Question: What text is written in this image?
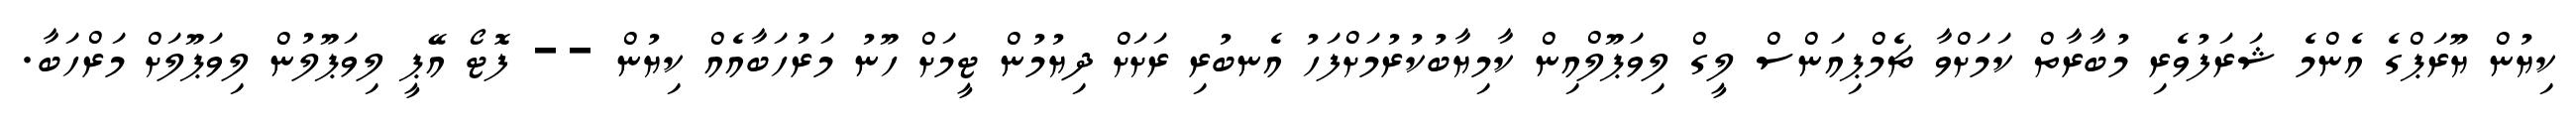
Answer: ކިޔުން ޔޫރަޕްގެ އެންމެ ޝަރަފުވެރި މުބާރާތް ކަމަށްވާ ޗެމްޕިއަންސް ލީގް ލިވަޕޫލްއިން ކާމިޔާބުކުރުމަށްފަހު އެނބުރި ރަށަށް ދިޔުމުން ޓީމަށް ހޫނު މަރުހަބާއެއް ކިޔުން -- ފޮޓޯ އޭޕީ ލިވަޕޫލުން ލިވަޕޫލަށް މަރްހަބާ.